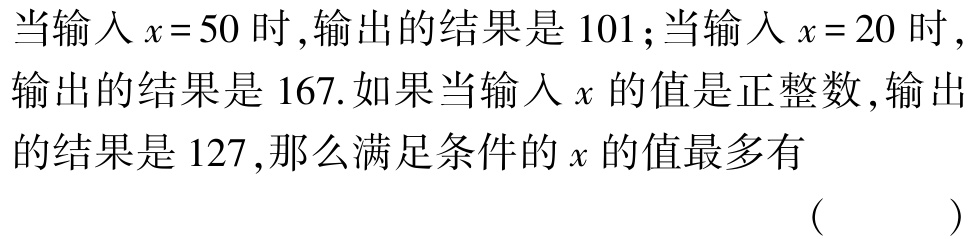
当输入\(x = 50\)时,输出的结果是\(101\);当输入\(x = 20\)时,输出的结果是\(167\).如果当输入\(x\)的值是正整数,输出的结果是\(127\),那么满足条件的\(x\)的值最多有

( )